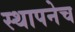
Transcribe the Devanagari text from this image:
स्थापनेच